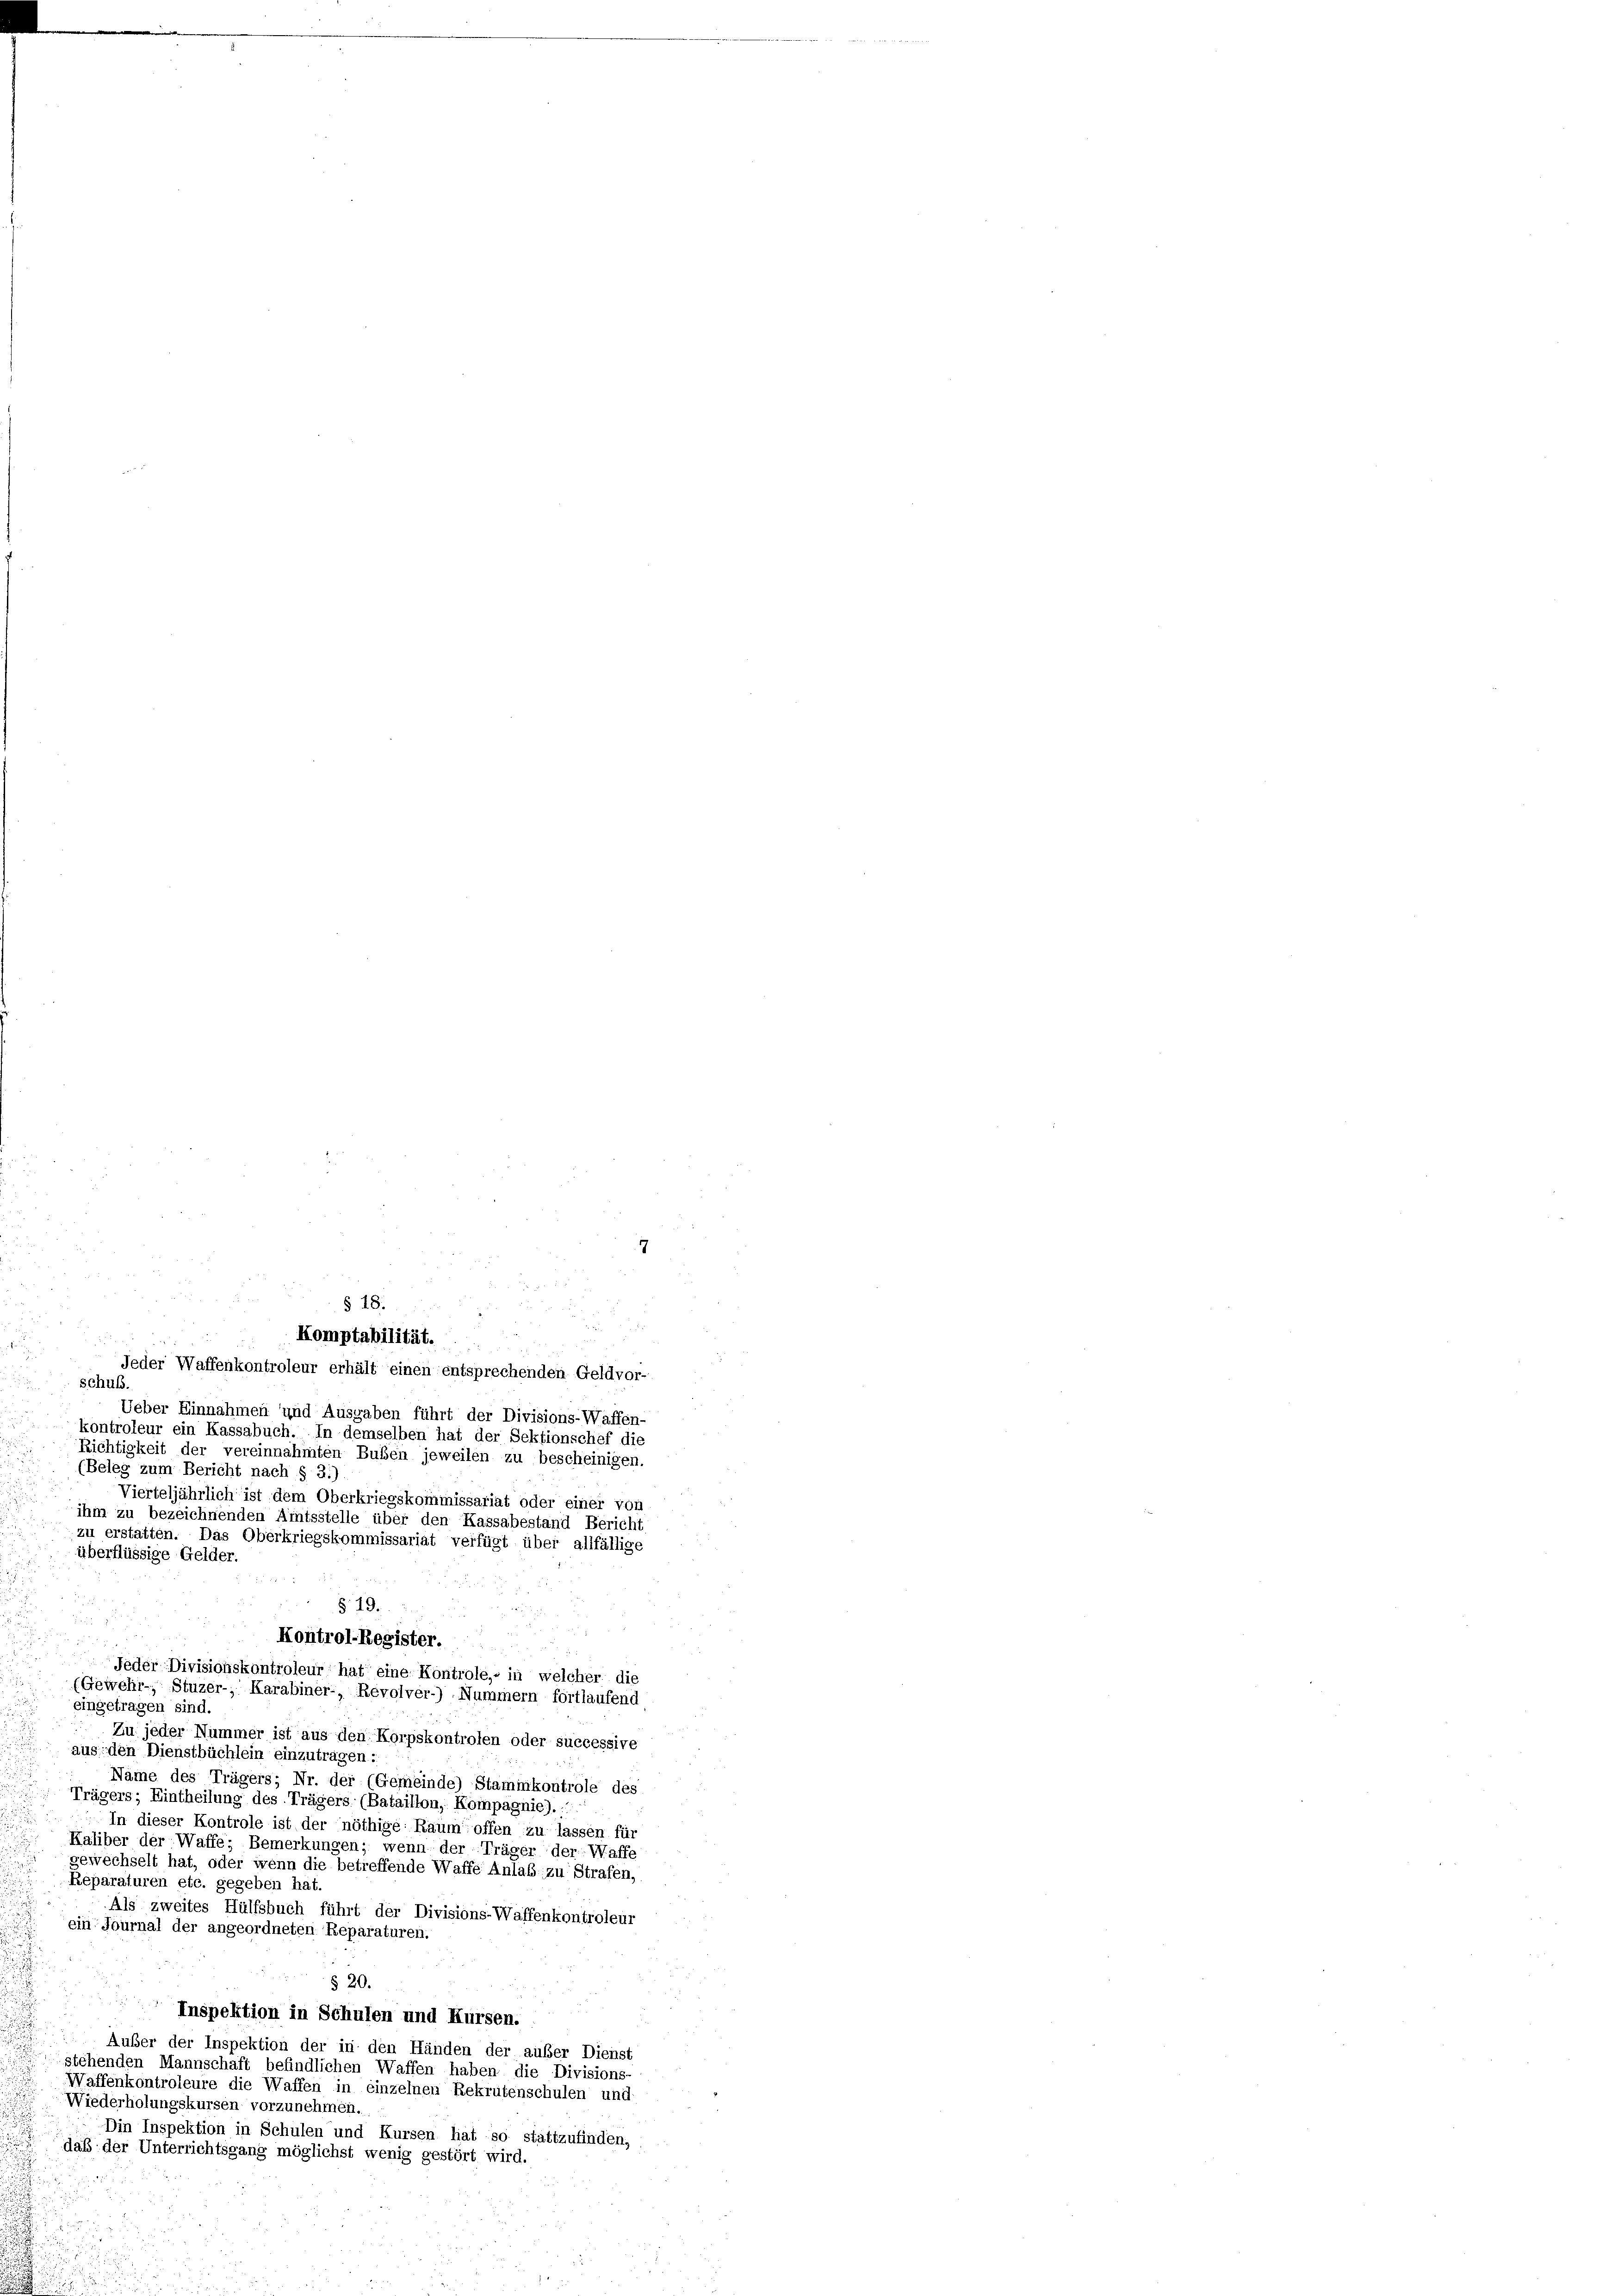
§ 18.
Komptabilität.

Jeder Waffenkontroleur erhält einen entsprechenden Geldvor-
schuß.
Ueber Einnahmen und Ausgaben führt der Divisions-Waffen-
kontroleur ein Kassabuch. In demselben hat der Sektionschef die
Richtigkeit der vereinnahmten Buben jeweilen zu bescheinigen.
(Beleg zum Bericht nach § 21)
Vierteljährlich ist dem Oberkriegskommissariat oder einer von
ihm zu bezeichnenden Amtsstelle über den Kassabestand Bericht
zu erstatten. Das Oberkriegskommissariat verfügt über allfällige
überflüssige Gelder.
§ 19.
Kontrol-Register.
Feder Divisionskontroleur hat eine Kontrole, in welcher die
(Gewehr- Stuzer-, Karabiner- Revolver-) Nummern fortlaufend
eingetragen sind.
Zu jeder Nummer ist aus den Korpskontrolen oder successive
aus den Dienstbüchlein einzutragen:
Näme des Trägers; Nr. der (Gemeinde) Stammkontrole des
Trägers; Eintheilung des Trägers (Bataillon, Kompagnie).
In dieser Kontrole ist der nöthige Raum offen zu lassen für
Kaliber der Waffe; Bemerkungen; wenn der Träger der Waffe
gewechselt hat, oder wenn die betreffende Waffe Anlaß zu Strafen,
Reparaturen etc. gegeben hat.
Als zweites Hülfsbuch führt der Divisions-Waffenkontroleur
ein Journal der angeordneten Reparaturen.
§ 20.
Inspektion in Schulen und Kursen.
Außer der Inspektion der in den Händen der außer Dienst
stehenden Mannschaft befindlichen Waffen haben die Divisions-
Waffenkontroleure die Waffen in einzelnen Rekrutenschulen und
Wiederholungskursen vorzunehmen.
Din Inspektion in Schulen und Kursen hat so stattzufinden,
daß der Unterrichtsgang möglichst wenig gestört wird.
i